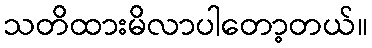
သတိထားမိလာပါတော့တယ်။